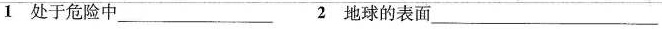
1 处于危险中\underline 2 地球的表面\underline